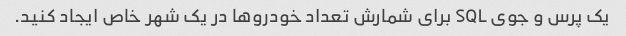
یک پرس و جوی SQL برای شمارش تعداد خودروها در یک شهر خاص ایجاد کنید.